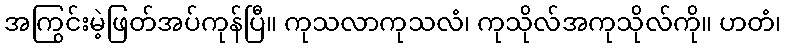
အကြွင်းမဲ့ဖြတ်အပ်ကုန်ပြီ။ ကုသလာကုသလံ၊ ကုသိုလ်အကုသိုလ်ကို။ ဟတံ၊